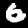
Digit: 6